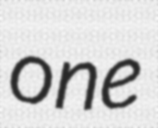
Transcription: one